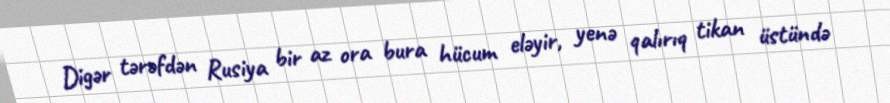
Digər tərəfdən Rusiya bir az ora bura hücum eləyir, yenə qalırıq tikan üstündə